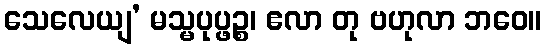
သေလေယျ’ မသ္မပုပ္ဖဉ္စ၊ ဧလာ တု ဗဟုလာ ဘဝေ။